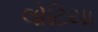
લોટિયા